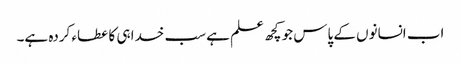
اب انسانوں کے پاس جو کچھ علم ہے سب خدا ہی کا عطاء کردہ ہے۔